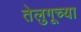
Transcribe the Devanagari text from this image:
तेलुगूच्या